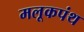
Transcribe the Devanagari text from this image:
मलूकपंथ